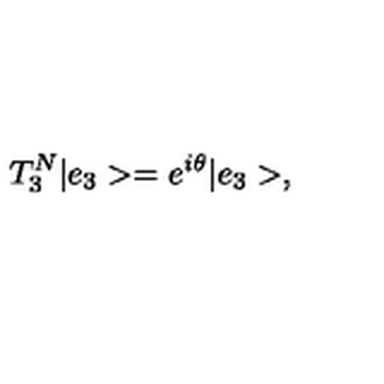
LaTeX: T _ { 3 } ^ { N } | e _ { 3 } > = e ^ { i \theta } | e _ { 3 } > ,